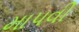
માપવી